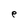
Character: e